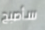
سأصبح